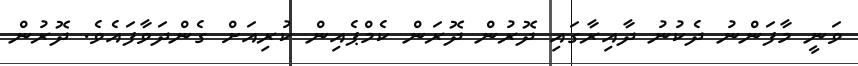
ވަނީ މާފަންނު ދެކުނު ދާއިރާގައި ދޮރުން ދޮރަން ކެމްޕެއިން ކުރިއަށް ގެންދަވާފައެވެ. ދޮރުން